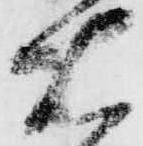
右